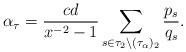
LaTeX: \begin{align*}\alpha_\tau=\frac{cd}{x^{-2}-1}\sum_{s\in\tau_2\setminus(\tau_\alpha)_2}\frac{p_s}{q_s}.\end{align*}